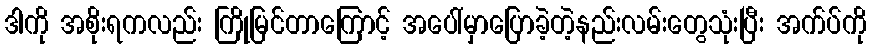
ဒါကို အစိုးရကလည်း ကြိုမြင်တာကြောင့် အပေါ်မှာပြောခဲ့တဲ့နည်းလမ်းတွေသုံးပြီး အက်ပ်ကို